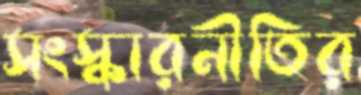
সংস্কারনীতির